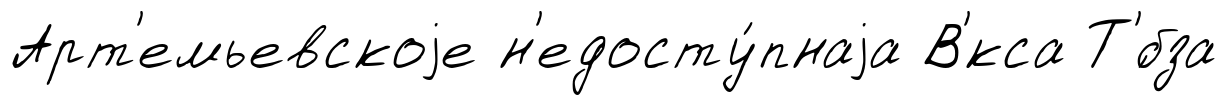
Арт'емьевскоjе н'едосту́пнаjа В'́кса Т'́бза